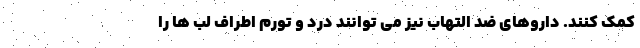
کمک کنند. داروهای ضد التهاب نیز می توانند درد و تورم اطراف لب ها را